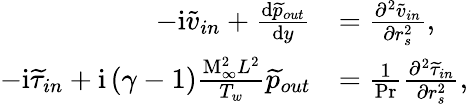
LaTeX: \begin{array}{rl}{-\mathrm{i}\widetilde{v}_{in}+\frac{\mathrm{d}\widetilde{p}_{out}}{\mathrm{d}y}}&{=\frac{\partial^{2}\widetilde{v}_{in}}{\partial r_{s}^{2}},}\\ {-\mathrm{i}\widetilde{\tau}_{in}+\mathrm{i}\left(\gamma-1\right)\frac{\mathrm{M}_{\infty}^{2}L^{2}}{T_{w}}\widetilde{p}_{out}}&{=\frac{1}{\mathrm{Pr}}\frac{\partial^{2}\widetilde{\tau}_{in}}{\partial r_{s}^{2}},}\end{array}